Annual administration report of the Civil Veterinary Department of India - 1899-1900
Year: 1899
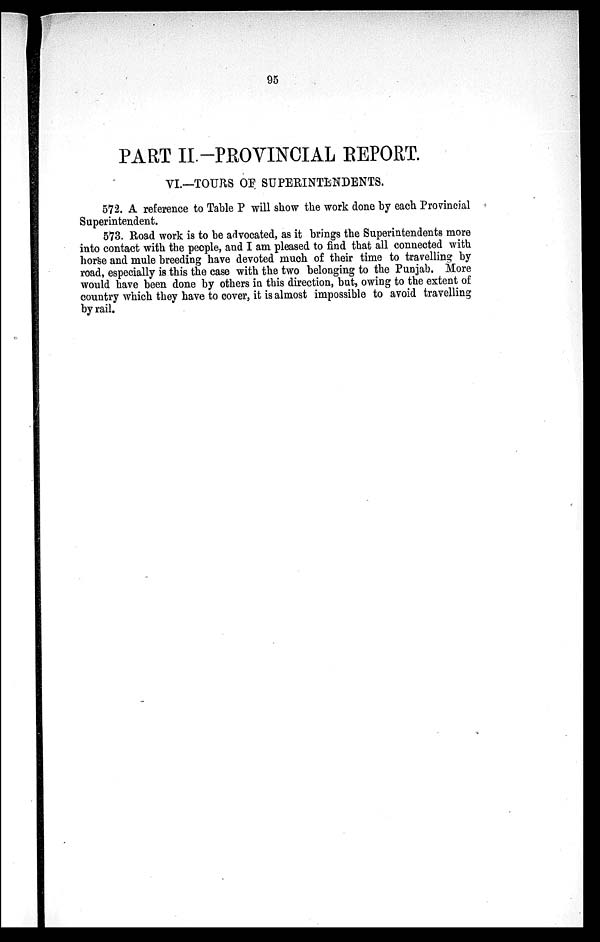
95
PART II.-PROVINCIAL REPORT.
VI.—TOURS OF SUPERINTENDENTS.
572. A reference to Table P will show the work done by each Provincial
Superintendent.
573. Road work is to be advocated, as it brings the Superintendents more
into contact with the people, and I am pleased to find that all connected with
horse and mule breeding have devoted much of their time to travelling by
road, especially is this the case with the two belonging to the Punjab. More
would have been done by others in this direction, but, owing to the extent of
country which they have to cover, it is almost impossible to avoid travelling
by rail.